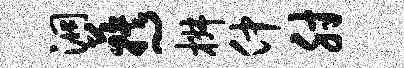
洞蔟~椒仲肘